Indian journal of veterinary science and animal husbandry - Volume 4,
Year: 1934
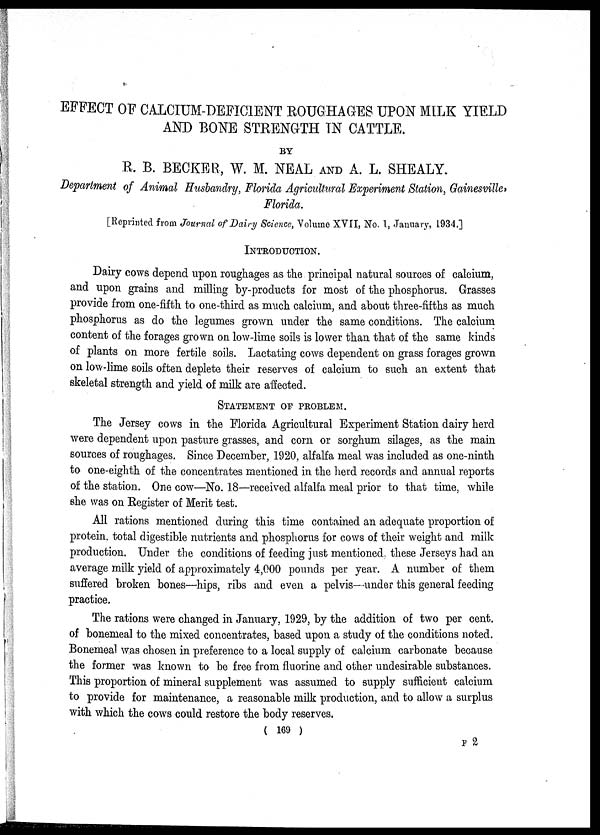
EFFECT OF CALCIUM-DEFICIENT ROUGHAGES UPON MILK YIELD
AND BONE STRENGTH IN CATTLE.
BY
R. B. BECKER, W. M. NEAL AND A. L. SHEALY.
Department of Animal Husbandry, Florida Agricultural Experiment Station, Gainesville,
Florida.
[Reprinted from Journal of Dairy Science, Volume XVII, No. 1, January, 1934.]
INTRODUCTION.
Dairy cows depend upon roughages as the principal natural sources of calcium,
and upon grains and milling by-products for most of the phosphorus. Grasses
provide from one-fifth to one-third as much calcium, and about three-fifths as much
phosphorus as do the legumes grown under the same conditions. The calcium
content of the forages grown on low-lime soils is lower than that of the same kinds
of plants on more fertile soils. Lactating cows dependent on grass forages grown
on low-lime soils often deplete their reserves of calcium to such an extent that
skeletal strength and yield of milk are affected.
STATEMENT OF PROBLEM.
The Jersey cows in the Florida Agricultural Experiment Station dairy herd
were dependent upon pasture grasses, and corn or sorghum silages, as the main
sources of roughages. Since December, 1920, alfalfa meal was included as one-ninth
to one-eighth of the concentrates mentioned in the herd records and annual reports
of the station. One cow—No. 18—received alfalfa meal prior to that time, while
she was on Register of Merit test.
All rations mentioned during this time contained an adequate proportion of
protein, total digestible nutrients and phosphorus for cows of their weight and milk
production. Under the conditions of feeding just mentioned, these Jerseys had an
average milk yield of approximately 4,000 pounds per year. A number of them
suffered broken bones—hips, ribs and even a pelvis- under this general feeding
practice.
The rations were changed in January, 1929, by the addition of two per cent.
of bonemeal to the mixed concentrates, based upon a study of the conditions noted.
Bonemeal was chosen in preference to a local supply of calcium carbonate because
the former was known to be free from fluorine and other undesirable substances.
This proportion of mineral supplement was assumed to supply sufficient calcium
to provide for maintenance, a reasonable milk production, and to allow a surplus
with which the cows could restore the body reserves.
( 169 )
F 2